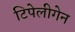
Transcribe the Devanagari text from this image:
टिपेलीगेन